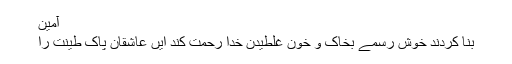
آمین
بنا کردند خوش رسمے بخاک و خون غلطیدن خدا رحمت کند ایں عاشقانِ پاک طینت را